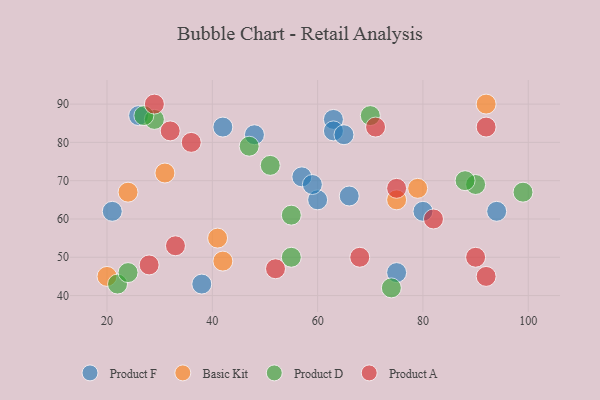
{"axis": {"x": "GDP", "y": "Life Expectancy"}, "legend": ["Basic Kit", "Product A", "Product D", "Product F"], "data": [{"x": "38", "y": 43, "type": "Product F"}, {"x": "75", "y": 46, "type": "Product F"}, {"x": "80", "y": 62, "type": "Product F"}, {"x": "66", "y": 66, "type": "Product F"}, {"x": "42", "y": 84, "type": "Product F"}, {"x": "60", "y": 65, "type": "Product F"}, {"x": "63", "y": 86, "type": "Product F"}, {"x": "21", "y": 62, "type": "Product F"}, {"x": "48", "y": 82, "type": "Product F"}, {"x": "57", "y": 71, "type": "Product F"}, {"x": "26", "y": 87, "type": "Product F"}, {"x": "63", "y": 83, "type": "Product F"}, {"x": "59", "y": 69, "type": "Product F"}, {"x": "65", "y": 82, "type": "Product F"}, {"x": "94", "y": 62, "type": "Product F"}, {"x": "41", "y": 55, "type": "Basic Kit"}, {"x": "79", "y": 68, "type": "Basic Kit"}, {"x": "42", "y": 49, "type": "Basic Kit"}, {"x": "20", "y": 45, "type": "Basic Kit"}, {"x": "24", "y": 67, "type": "Basic Kit"}, {"x": "75", "y": 65, "type": "Basic Kit"}, {"x": "92", "y": 90, "type": "Basic Kit"}, {"x": "31", "y": 72, "type": "Basic Kit"}, {"x": "47", "y": 79, "type": "Product D"}, {"x": "29", "y": 86, "type": "Product D"}, {"x": "55", "y": 61, "type": "Product D"}, {"x": "22", "y": 43, "type": "Product D"}, {"x": "90", "y": 69, "type": "Product D"}, {"x": "88", "y": 70, "type": "Product D"}, {"x": "99", "y": 67, "type": "Product D"}, {"x": "74", "y": 42, "type": "Product D"}, {"x": "51", "y": 74, "type": "Product D"}, {"x": "70", "y": 87, "type": "Product D"}, {"x": "55", "y": 50, "type": "Product D"}, {"x": "24", "y": 46, "type": "Product D"}, {"x": "27", "y": 87, "type": "Product D"}, {"x": "75", "y": 68, "type": "Product A"}, {"x": "90", "y": 50, "type": "Product A"}, {"x": "28", "y": 48, "type": "Product A"}, {"x": "36", "y": 80, "type": "Product A"}, {"x": "68", "y": 50, "type": "Product A"}, {"x": "92", "y": 84, "type": "Product A"}, {"x": "52", "y": 47, "type": "Product A"}, {"x": "71", "y": 84, "type": "Product A"}, {"x": "82", "y": 60, "type": "Product A"}, {"x": "29", "y": 90, "type": "Product A"}, {"x": "32", "y": 83, "type": "Product A"}, {"x": "92", "y": 45, "type": "Product A"}, {"x": "33", "y": 53, "type": "Product A"}]}